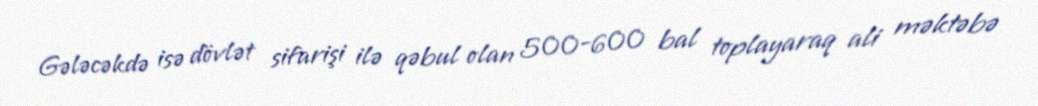
Gələcəkdə isə dövlət sifarişi ilə qəbul olan 500-600 bal toplayaraq ali məktəbə